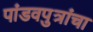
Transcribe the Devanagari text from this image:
पांडवपुत्रांचा